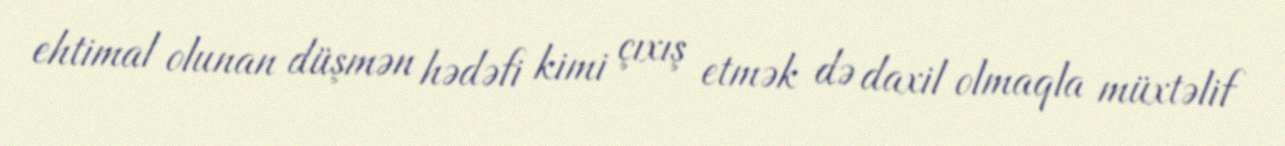
ehtimal olunan düşmən hədəfi kimi çıxış etmək də daxil olmaqla müxtəlif